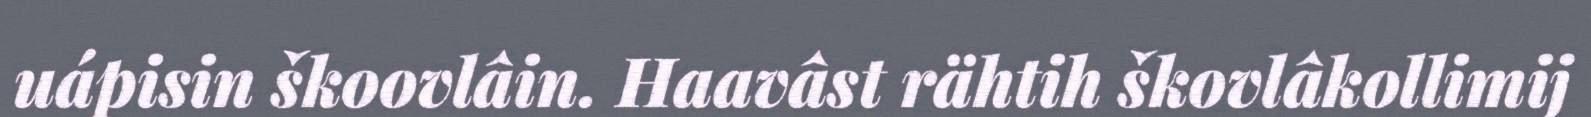
uápisin škoovlâin. Haavâst rähtih škovlâkollimij